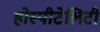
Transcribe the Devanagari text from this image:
होस्पीटेलिटी